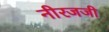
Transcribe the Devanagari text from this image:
नीरजजी